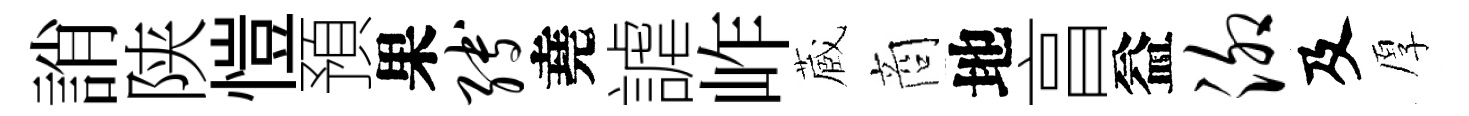
誚陕愷預果缚堯謔岞蔵商地亯益泖及厚